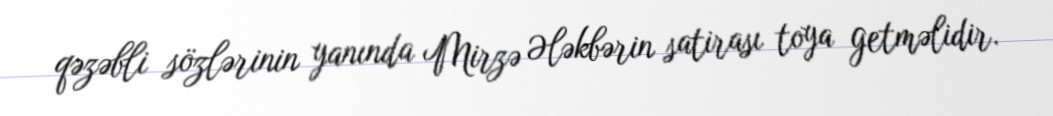
qəzəbli sözlərinin yanında Mirzə Ələkbərin satirası toya getməlidir.